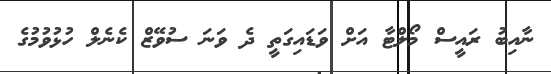
ނާއިބު ރައީސް މޯލްޓާ އަށް ވަޑައިގަތީ ދެ ވަނަ ސުވޭޒް ކެނެލް ހުޅުވުމުގެ